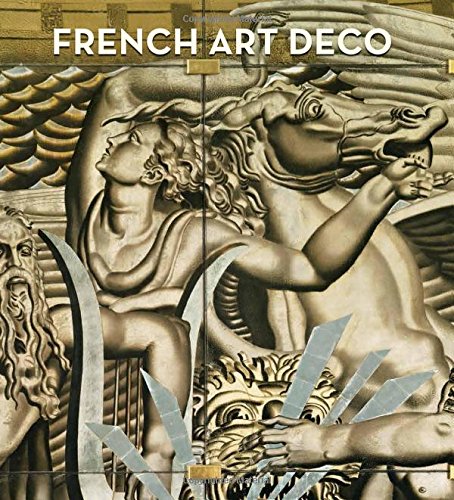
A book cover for French Art Deco; Jared Goss; Arts & Photography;